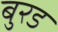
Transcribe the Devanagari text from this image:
बुरड